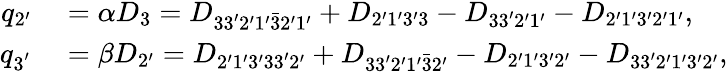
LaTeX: \begin{array}{rl}{q_{2^{\prime}}}&{{}=\alpha D_{3}={D_{33^{\prime}2^{\prime}1^{\prime}\bar{3}2^{\prime}1^{\prime}}}+{D_{2^{\prime}1^{\prime}3^{\prime}\mathrm{{3}}}}-{D_{33^{\prime}2^{\prime}1^{\prime}}}-{D_{2^{\prime}1^{\prime}3^{\prime}2^{\prime}1^{\prime}}},}\\ {q_{3^{'}}}&{{}=\beta D_{2^{\prime}}={D_{2^{\prime}1^{\prime}3^{\prime}33^{\prime}\mathrm{{2^{\prime}}}}}+{D_{33^{\prime}2^{\prime}1^{\prime}\bar{3}\mathrm{{2^{\prime}}}}}-{D_{2^{\prime}1^{\prime}3^{\prime}\mathrm{{2^{\prime}}}}}-{D_{33^{\prime}2^{\prime}1^{\prime}3^{\prime}\mathrm{{2^{\prime}}}}},}\end{array}